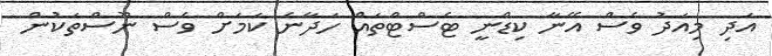
އަދި މިއަދު ވެސް އޭނާ ކިޑްނީ ޓެސްޓްތައް ހަދާނެ ކަމަށް ވެސް ނޫސްތަކުން